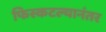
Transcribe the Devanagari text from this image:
फिस्कटल्यानंतर